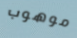
موهوب